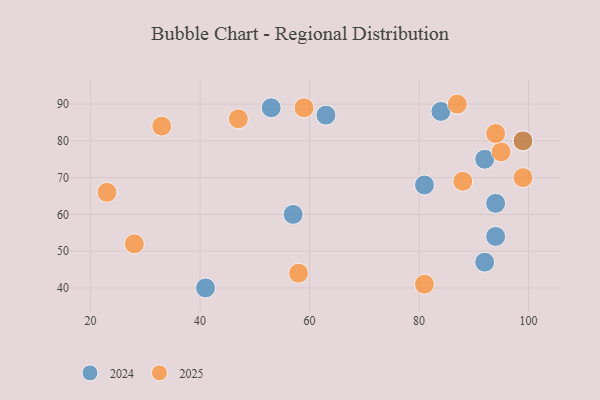
{"axis": {"x": "GDP", "y": "Life Expectancy"}, "legend": ["2024", "2025"], "data": [{"x": "99", "y": 80, "type": "2024"}, {"x": "57", "y": 60, "type": "2024"}, {"x": "81", "y": 68, "type": "2024"}, {"x": "94", "y": 54, "type": "2024"}, {"x": "53", "y": 89, "type": "2024"}, {"x": "41", "y": 40, "type": "2024"}, {"x": "92", "y": 47, "type": "2024"}, {"x": "63", "y": 87, "type": "2024"}, {"x": "84", "y": 88, "type": "2024"}, {"x": "92", "y": 75, "type": "2024"}, {"x": "94", "y": 63, "type": "2024"}, {"x": "81", "y": 41, "type": "2025"}, {"x": "58", "y": 44, "type": "2025"}, {"x": "95", "y": 77, "type": "2025"}, {"x": "99", "y": 80, "type": "2025"}, {"x": "47", "y": 86, "type": "2025"}, {"x": "23", "y": 66, "type": "2025"}, {"x": "33", "y": 84, "type": "2025"}, {"x": "94", "y": 82, "type": "2025"}, {"x": "87", "y": 90, "type": "2025"}, {"x": "99", "y": 70, "type": "2025"}, {"x": "59", "y": 89, "type": "2025"}, {"x": "88", "y": 69, "type": "2025"}, {"x": "28", "y": 52, "type": "2025"}]}